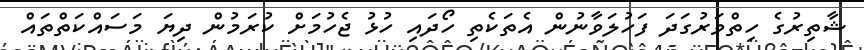
ޝާތިރުގެ ހިތްވަރުގަދަ ފަހުލަވާނުން އެތަކެތި ހޯދައި ހުޅު ޖެހުމަށް ކުރަމުން ދިޔަ މަސައްކަތްތައް